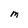
Character: M